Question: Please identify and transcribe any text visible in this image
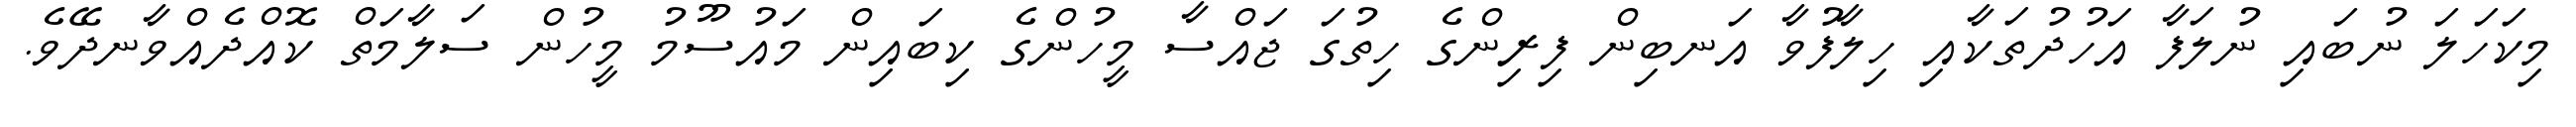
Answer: މިކަހަލަ ނުބައި ނުލަފާ އަހުދުތަކާއި ހިލާފުވާ އަނބިން ފިރިންގެ ހިތުގަ ޖައްސާ މީހުންގެ ކިބައިން މައުސޫމު މީހުން ސަލާމަތް ކޮއްދެއްވާނދޭވެ.